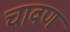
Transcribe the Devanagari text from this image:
चावण